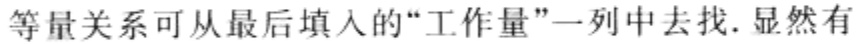
等量关系可从最后填入的“工作量”一列中去找. 显然有